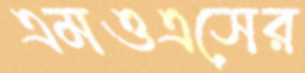
এমওএসের